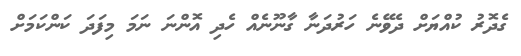
ގެދޮރު ކުއްޔަށް ދެވޭނެ ހަރުދަނާ ގާނޫނެއް ހެދި އޮންނަ ނަމަ މިފަދަ ކަންކަމަށް